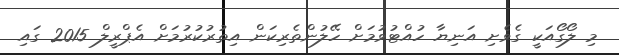
މި ލޯގޯއަކީ ގެވެށި އަނިޔާ ހުއްޓުވުމަށް ހޭލުންތެރިކަން އިތުރުކުރުމަށް އެޕްރީލް 2015 ގައި